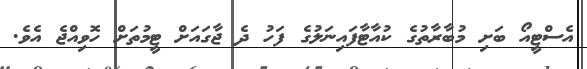
އެސްޓީއޯ ބަށި މުބާރާތުގެ ކުއާޓާފައިނަލުގެ ފަހު ދެ ޖާގައަށް ޓީމުތަށް ހޮވިއްޖެ އެވެ.